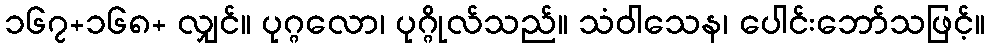
၁၆၇+၁၆၈+ လျှင်။ ပုဂ္ဂလော၊ ပုဂ္ဂိုလ်သည်။ သံဝါသေန၊ ပေါင်းဘော်သဖြင့်။